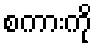
စကားကို